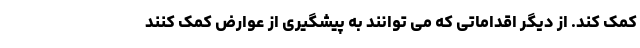
کمک کند. از دیگر اقداماتی که می توانند به پیشگیری از عوارض کمک کنند